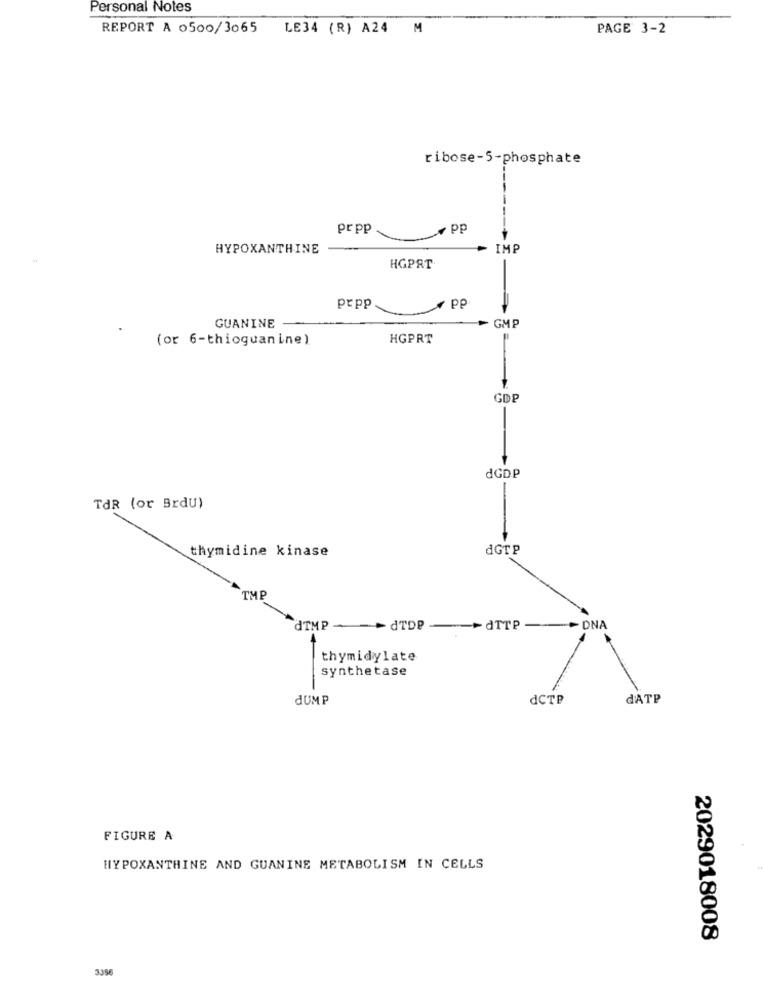
Personal Notes
REPORT A 0500/3065 LE34 (R) A24 M
PAGE 3-2
ribose-5-phosphate
pr pp
4 PP
HYPOXANTHINE
IMP
HGPRT
PP
prpp
GUANINE
GMP
(or 6-thioguanine)
HGPRT
GDP
dGD.P
-
TAR (or Brdu)
dGTP
thymidine kinase
TMP
dIMP - - > dTDP
--- dTTP
-DNA
thymidylate
synthetase
JUMP
dCTP
dATP
FIGURE A
HYPOXANTHINE AND GUANINE METABOLISM IN CELLS
2029018008
3356